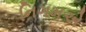
નિગમએ